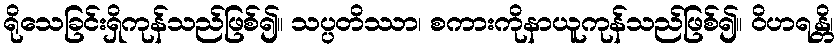
ရိုသေခြင်းရှိကုန်သည်ဖြစ်၍။ သပ္ပတိဿာ၊ စကားကိုနာယူကုန်သည်ဖြစ်၍။ ဝိဟရန္တိ၊